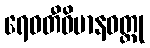
ရေဝတီဝိမာနဝတ္ထု